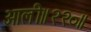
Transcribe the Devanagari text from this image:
आली॥२२०॥